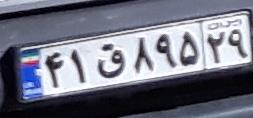
۴۱ق۸۹۵۲۹